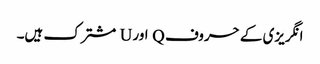
انگریزی کے حروف Q اور U مشترک ہیں۔